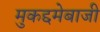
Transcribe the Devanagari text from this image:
मुकद्दमेबाजी